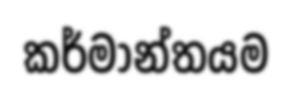
කර්මාන්තයම